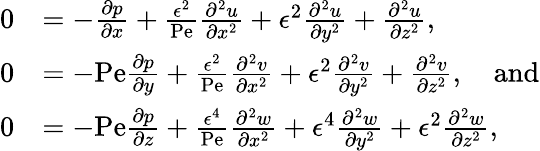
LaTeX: \begin{array}{rl}{0}&{=-\frac{\partial p}{\partial x}+\frac{\epsilon^{2}}{\mathrm{Pe}}\frac{\partial^{2}u}{\partial x^{2}}+\epsilon^{2}\frac{\partial^{2}u}{\partial y^{2}}+\frac{\partial^{2}u}{\partial z^{2}},}\\ {0}&{=-\mathrm{Pe}\frac{\partial p}{\partial y}+\frac{\epsilon^{2}}{\mathrm{Pe}}\frac{\partial^{2}v}{\partial x^{2}}+\epsilon^{2}\frac{\partial^{2}v}{\partial y^{2}}+\frac{\partial^{2}v}{\partial z^{2}},\quad\mathrm{and}}\\ {0}&{=-\mathrm{Pe}\frac{\partial p}{\partial z}+\frac{\epsilon^{4}}{\mathrm{Pe}}\frac{\partial^{2}w}{\partial x^{2}}+\epsilon^{4}\frac{\partial^{2}w}{\partial y^{2}}+\epsilon^{2}\frac{\partial^{2}w}{\partial z^{2}},}\end{array}